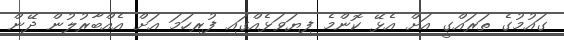
ގައުމުގެ ތަރައްގީ އަށް އެޅޭ ކޮންމެ ފިޔަވަޅެއްގައި ފުރިހަމަ އަށް އެއްބާރުލުން ދޭން